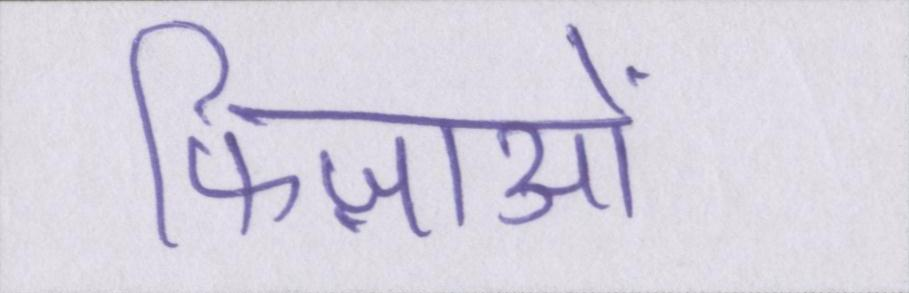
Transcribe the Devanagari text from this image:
फिज़ाओं